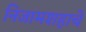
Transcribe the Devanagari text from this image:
निजामशहाचे